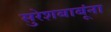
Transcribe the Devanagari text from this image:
सुरेशबाबूंना